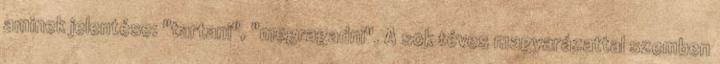
aminek jelentése: "tartani", "megragadni". A sok téves magyarázattal szemben